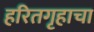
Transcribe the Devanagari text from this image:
हरितगृहाचा